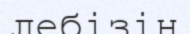
лебізін